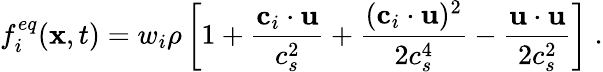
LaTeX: f_{i}^{eq}(\mathbf{x},t)=w_{i}\rho\left[1+\frac{\textbf{c}_{i}\cdot\textbf{u}}{c_{s}^{2}}+\frac{(\textbf{c}_{i}\cdot\textbf{u})^{2}}{2c_{s}^{4}}-\frac{\textbf{u}\cdot\textbf{u}}{2c_{s}^{2}}\right]\; .